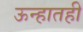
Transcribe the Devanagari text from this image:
ऊन्हातही